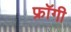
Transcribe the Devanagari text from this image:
फ्रॉगी